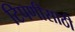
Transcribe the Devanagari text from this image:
टिपणीसाठी